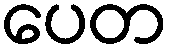
ပေတ